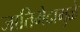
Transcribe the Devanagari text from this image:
जातिभेदामुळे